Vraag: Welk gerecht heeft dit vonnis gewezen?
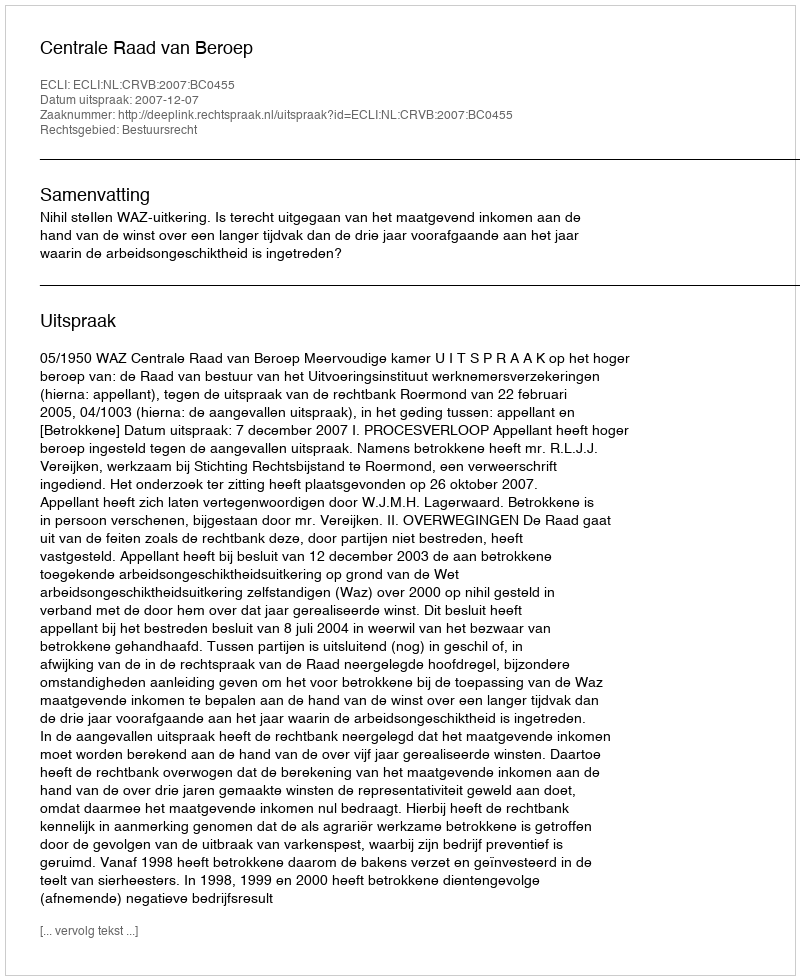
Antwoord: Centrale Raad van Beroep